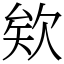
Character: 欸